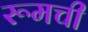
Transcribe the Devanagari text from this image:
रूमची